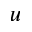
u